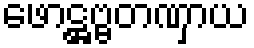
ဖောဋ္ဌဗ္ဗတဏှာယ